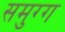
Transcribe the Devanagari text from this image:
समुग्ग